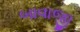
બાવાજી